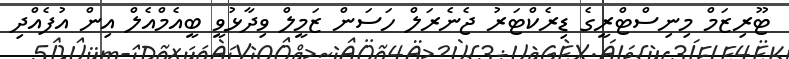
ޓޫރިޒަމް މިނިސްޓްރީގެ ޑިރެކްޓަރު ޖެނެރަލް ހަސަން ޒަމީލް ވިދާޅުވީ ބީއެމްއެލް އިން އުފެއްދި